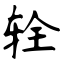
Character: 辁